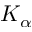
K _ { \alpha }